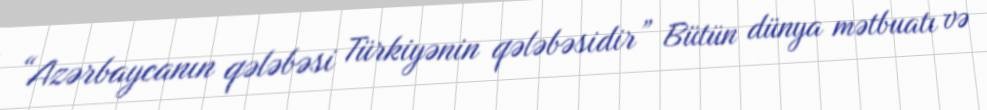
“Azərbaycanın qələbəsi Türkiyənin qələbəsidir” Bütün dünya mətbuatı və